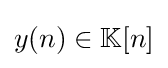
{\textstyle y(n)\in \mathbb {K} [n]}